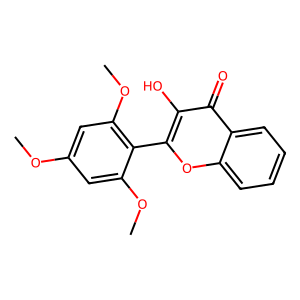
SMILES: COc1cc(OC)c(-c2oc3ccccc3c(=O)c2O)c(OC)c1
Inhibits HIV replication: No